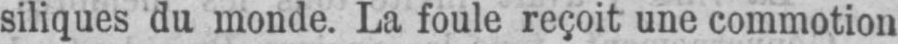
siliques du monde. La foule reçoit une commotion